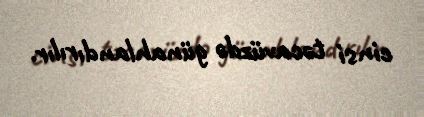
cinsi təcavüzdə günahlandırılır.